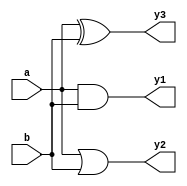
//  Unit under Test

module foo1(input wire a, b, output wire y1, y2, y3);  

   // Input ports: 1-bit signals a, b
   // Output ports: 1-bit  sigals y1, y2, y3 
   
   assign y1 = a & b; // AND
   assign y2 = a | b; // OR
   assign y3 = a^b;   // Exclusive OR

endmodule // foo


// Testbench
module foo1_tb;                     // Testbench program will exercise module "foo1"  with input test vectors

   reg p, q;                        // Testbench variables used as inputs to "foo1" 
   wire  X, Y, Z;                   // Testbench variables used as outputs from "foo1"
   
   foo1  myFoo(p, q, X, Y, Z);      // Create an instance of "foo1" called "myFoo"
                                    // "myFoo" inputs driven by signals  p, q and its outputs drive signals X, Y, Z
                                    //  Signals p, q will be connected to input ports "a" and "b"
                                    //  Output ports "y1", "y2", "y3" connected to signals X, Y, Z

initial begin
   p = 1'b0;                        // Initialize p to 0  (1'b means a 1 bit signal with value binary 0)
   q = 1'b0;                      
   $display("Time\tp q\tX  Y  Z\n");
end

   integer i;  // Regular program variable used here for sequencing

   always @(*) begin

      for (i=0; i < 4; i= i+1)
	begin
	   #1;   // Delay for 1 time unit
	   $display("%3d\t%x %x\t%x  %x  %x\n", $time, p, q, X, Y, Z);

	   {p, q} = {p, q} + 1;  // Cycle through the assigments (0,0) (0, 1), (1, 0), (1, 1)
	end
      $finish;
   end
 endmodule // foo_testbench